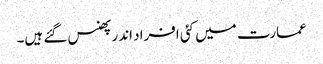
عمارت میں کئی افراد اندر پھنس گئے ہیں۔